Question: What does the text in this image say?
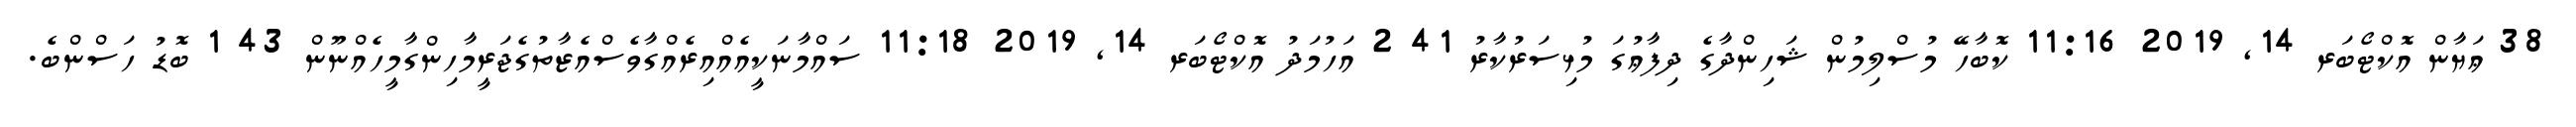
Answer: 38 ޢަޔާން އޮކްޓޯބަރ 14, 2019 11:16 ކޮބާހޭ މުސްލިމުން ޝަހިންދާގެ ދިފާޢުގަ މުޅިސަރުކާރު 41 2 އަހުމަދު އޮކްޓޯބަރ 14, 2019 11:18 ސައްމާނަކީއެއްއިރެއްގާވެސްއެޒާތުގެޖަރީމާހިންގާމީހެއްނޫން 43 1 ބޮޑު ހަސްންބެ.